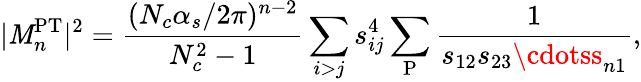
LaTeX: |{\cal\mathit{M}}_{n}^{\mathrm{{PT}}}|^{2}=\frac{{(N_{c}\alpha_{s}/2\pi)^{n-2}}}{{N_{c}^{2}-1}}\sum_{i>j}s_{ij}^{4}\sum_{\mathrm{{P}}}\frac{{1}}{{s_{12}s_{23}\cdotss_{n1}}},